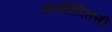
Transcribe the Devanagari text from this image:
थम्मीदिहत्ती